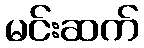
မင်းဆက်